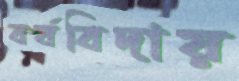
বর্ষবিদায়